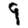
Digit: 9